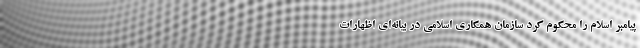
پیامبر اسلام را محکوم کرد سازمان همکاری اسلامی در بیانه‌‌ای اظهارات